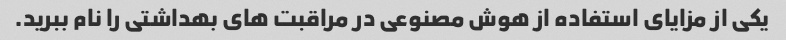
یکی از مزایای استفاده از هوش مصنوعی در مراقبت های بهداشتی را نام ببرید.